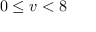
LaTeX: \ 0 \leq v < 8